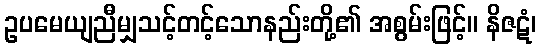
ဥပမေယျညီမျှသင့်တင့်သောနည်းတို့၏ အစွမ်းဖြင့်။ နိဇဋံ၊